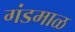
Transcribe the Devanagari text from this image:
गंडमाळ